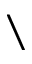
\setminus